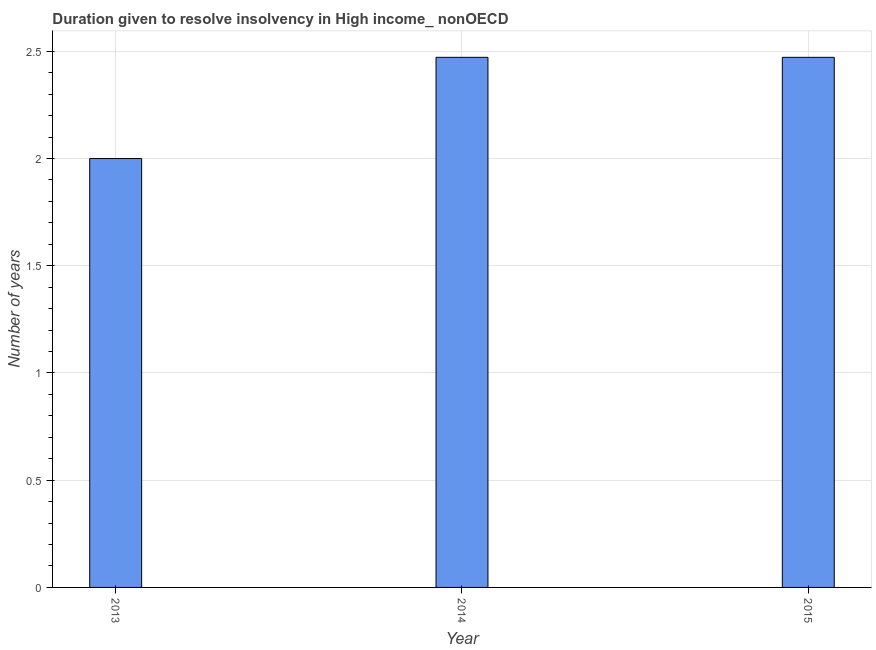
| Year | Resolve insolvency |
 | --- | --- |
 | 2013 | 2 |
 | 2014 | 2.47 |
 | 2015 | 2.47 |